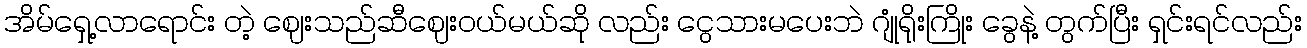
အိမ်ရှေ့လာရောင်း တဲ့ ဈေးသည်ဆီဈေးဝယ်မယ်ဆို လည်း ငွေသားမပေးဘဲ ဂျုံရိုးကြိုး ခွေနဲ့ တွက်ပြီး ရှင်းရင်လည်း